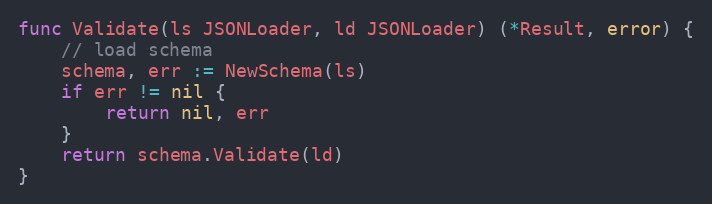
Language: Go
func Validate(ls JSONLoader, ld JSONLoader) (*Result, error) {
	// load schema
	schema, err := NewSchema(ls)
	if err != nil {
		return nil, err
	}
	return schema.Validate(ld)
}